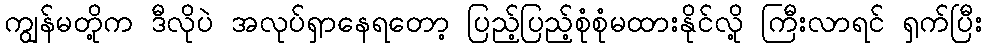
ကျွန်မတို့က ဒီလိုပဲ အလုပ်ရှာနေရတော့ ပြည့်ပြည့်စုံစုံမထားနိုင်လို့ ကြီးလာရင် ရှက်ပြီး